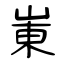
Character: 崬